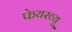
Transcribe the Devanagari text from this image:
फेयरव्यू